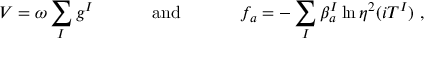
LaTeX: V = \omega \sum _ { I } g ^ { I } ~ ~ ~ ~ ~ ~ ~ ~ ~ ~ \mathrm { a n d } ~ ~ ~ ~ ~ ~ ~ ~ ~ ~ f _ { a } = - \sum _ { I } \beta _ { a } ^ { I } \ln \eta ^ { 2 } ( i T ^ { I } ) ~ ,